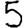
Digit: 5